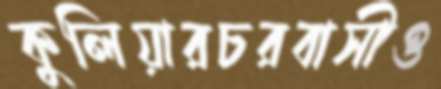
কুলিয়ারচরবাসীও